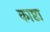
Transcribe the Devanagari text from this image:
काष्टा